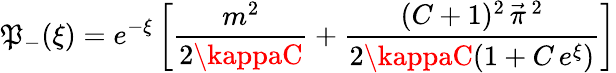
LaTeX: \mathfrak{P}_{-}(\xi)=e^{-\xi}\left[\frac{{m^{2}}}{{2\kappaC}}+\frac{{(C+1)^{2}\, \vec{{\pi}}\, {}^{2}}}{{2\kappaC(1+C\, e^{\xi})}}\right]